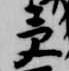
受